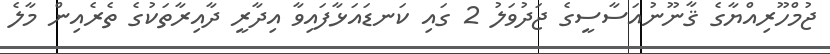
ޖުމްހޫރިއްޔާގެ ޤާނޫނުއަސާސީގެ ޖަދުވަލު 2 ގައި ކަނޑައަޅާފައިވާ އިދާރީ ދާއިރާތަކުގެ ތެރެއިން މާލެ